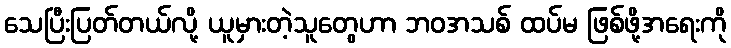
သေပြီးပြတ်တယ်လို့ ယူမှားတဲ့သူတွေဟာ ဘဝအသစ် ထပ်မ ဖြစ်ဖို့အရေးကို